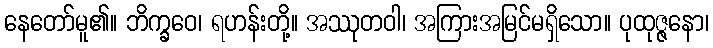
နေတော်မူ၏။ ဘိက္ခဝေ၊ ရဟန်းတို့။ အဿုတဝါ၊ အကြားအမြင်မရှိသော။ ပုထုဇ္ဇနော၊